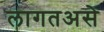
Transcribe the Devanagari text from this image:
लागतअसे